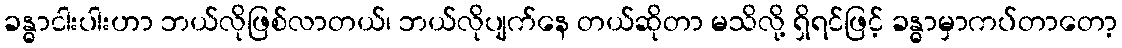
ခန္ဓာငါးပါးဟာ ဘယ်လိုဖြစ်လာတယ်၊ ဘယ်လိုပျက်နေ တယ်ဆိုတာ မသိလို့ ရှိရင်ဖြင့် ခန္ဓာမှာကပ်တာတော့